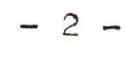
- 2 -